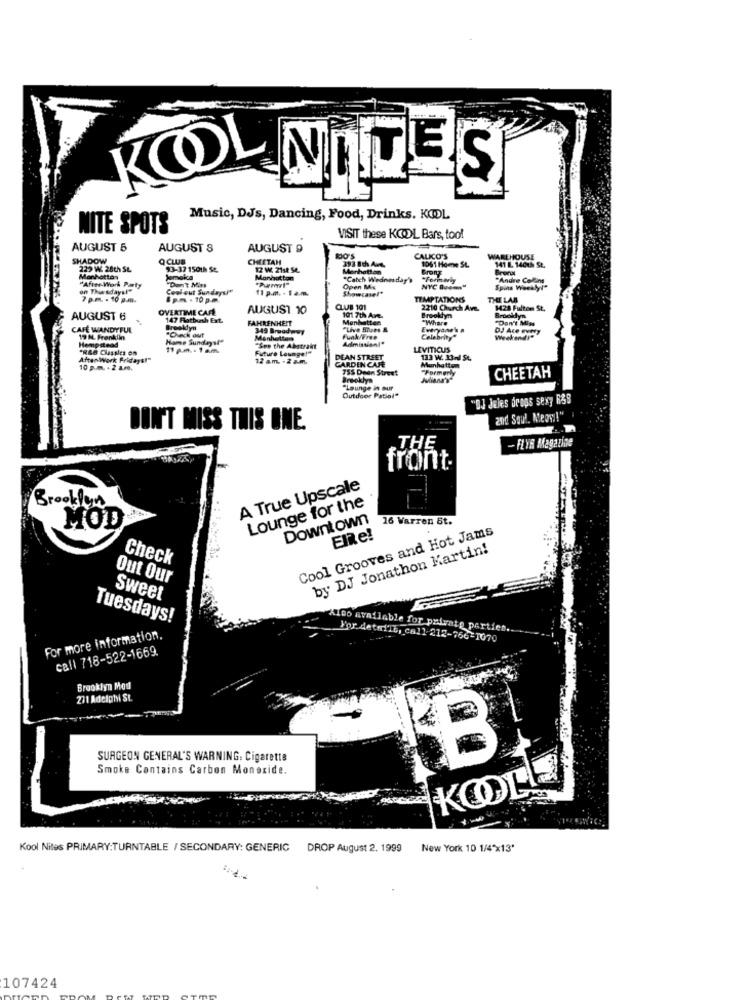
KOOL
NOTES
Music, DJs, Dancing, Food, Drinks. KOOL
NITE SPOTS
VISIT these KODL Bars, too!
AUGUST 5
AUGUST 8
AUGUST 9
SHADOW
Q CLUB
CHEETAH
CALKO'S
1061 Home SL
WAREHOUSE
223 W. 28th SL
93-37 1501h 54.
12 W. 21st Se.
Manhattan
GronT
141 1. 140th St.
Bronx
Manhattan
"After-Work Party
"Don't Mus
Jamaica
Manhatton
"Catch Wednesday's
"Formav
"Andre Colins
on Thursdaysl"
Cool out Sundaysl"
11 p.m. - 1 a.m.
Showcase!"
Open M+
NYC Quem"
Spins Weekly!"
7 pm . 10 pm.
8pm . 10 g.m.
TEMPTATIONS
THE LAS
OVERTIME CARL
AUGUST 10
CLUB 101
2210 Church Ave.
Brooklyn
1428 Fultom St.
AUGUST 6
147 Fattusi Ext.
FAHRENHEIT
101 7th Art.
Manhatten
Where
Brooklyn
"Don't Miss
CAFE WANDYFUL
Brooklyn
349 Broadway
"Live Blues &
Everyone's
DJ Ace evmy
19 N. Franklin
Hempstead
Home Sundays"
Manhattan
Admission"
Celebrity
"RLE Classics en
11 p.m. : 1 a.m.
Future Lounge!"
"See the Abstrakt
LEVITICUS
AfterWork Fridays!"
12 a.m. - 2 a.m.
DEAN STREET
CARDEN CAFE
133 W. 33-d St
Manhatten
10 p.m. + 2 a.m.
755 Deen Street
Formerly
CHEETAH
Brooklyn
"Lounge IN Our
Outdoor Patiol"
"DJ Jeles drops sexy R$9
and Soul. Meosi!"
DON'T MISS THIS ONE.
-FLYR Magazine
front.
A True Upscale
Lounge for the
Brooklyn
Downtown
16 Warren St.
MOD
Cool Grooves and Hot Jams
ElRe!
by DJ Jonathon Martin!
Check
Out Our
Sweet
Tuesdays!
Kieo available for private parties
For more information.
For detalle, call-212-766-1070
call 718-522-1669.
Brooklyn Mod
271 Adelptyl St.
SURGEON GENERAL'S WARNING: Cigarette
B
Smoke Contains Carbon Monoxide.
KOOL
Kool Nites PRIMARY:TURNTABLE / SECONDARY: GENERIC DROP August 2, 1999
New York 10 1/4"x13'
107424